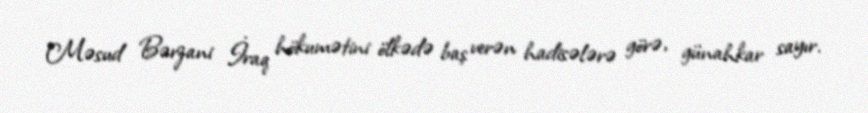
Məsud Bərzani İraq hökumətini ölkədə baş verən hadisələrə görə, günahkar sayır.